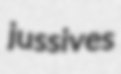
jussives